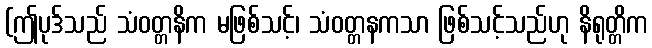
(ဤပုဒ်သည် သံဝတ္တနိက မဖြစ်သင့်၊ သံဝတ္တနကသာ ဖြစ်သင့်သည်ဟု နိရုတ္တိက